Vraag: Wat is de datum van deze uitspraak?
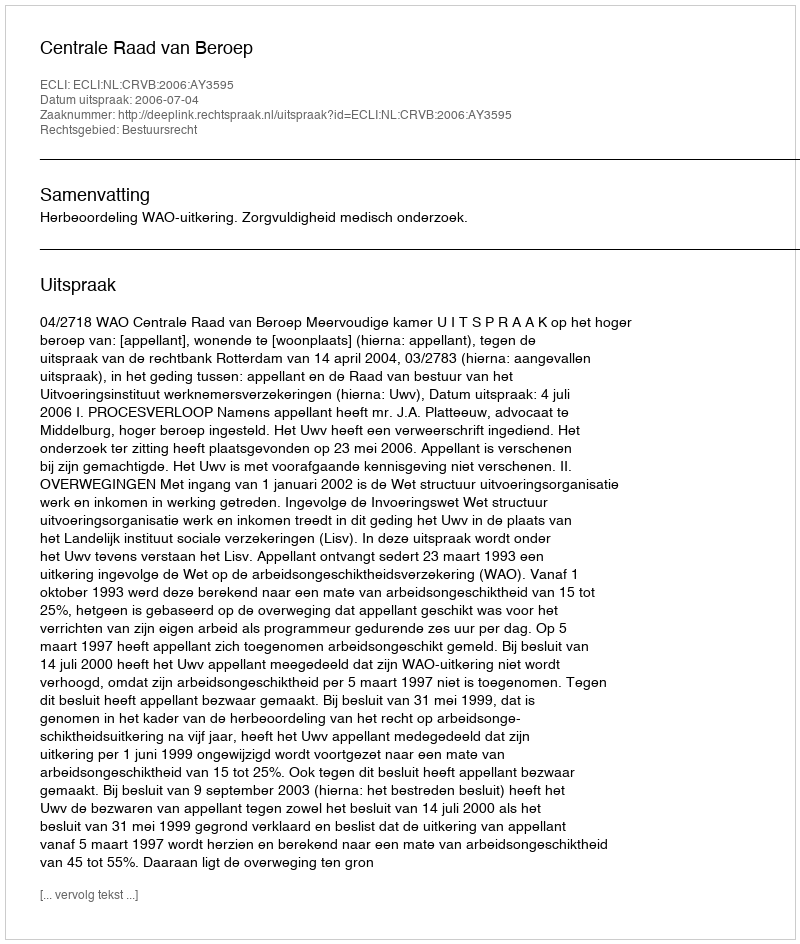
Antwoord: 2006-07-04